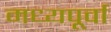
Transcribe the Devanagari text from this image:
मध्यपूर्वा